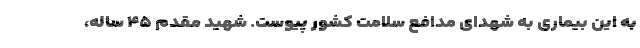
به این بیماری به شهدای مدافع سلامت کشور پیوست. شهید مقدم ۴۵ ساله،